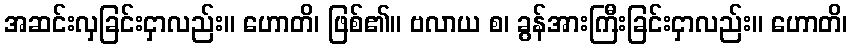
အဆင်းလှခြင်းငှာလည်း။ ဟောတိ၊ ဖြစ်၏။ ဗလာယ စ၊ ခွန်အားကြီးခြင်းငှာလည်း။ ဟောတိ၊